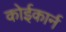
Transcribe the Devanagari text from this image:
कोईकार्न